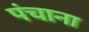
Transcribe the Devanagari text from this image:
पंचाना